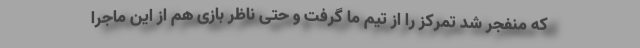
که منفجر شد تمرکز را از تیم ما گرفت و حتی ناظر بازی هم از این ماجرا